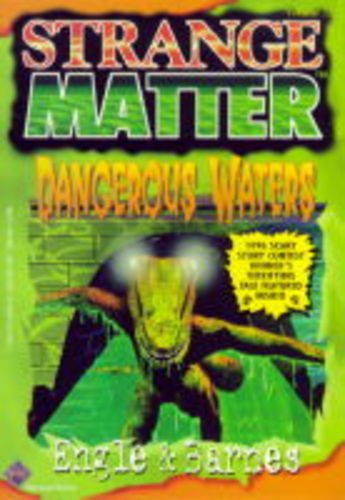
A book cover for Dangerous Waters (Strange Matter); Johnny Ray, Jr. Barnes; Humor & Entertainment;